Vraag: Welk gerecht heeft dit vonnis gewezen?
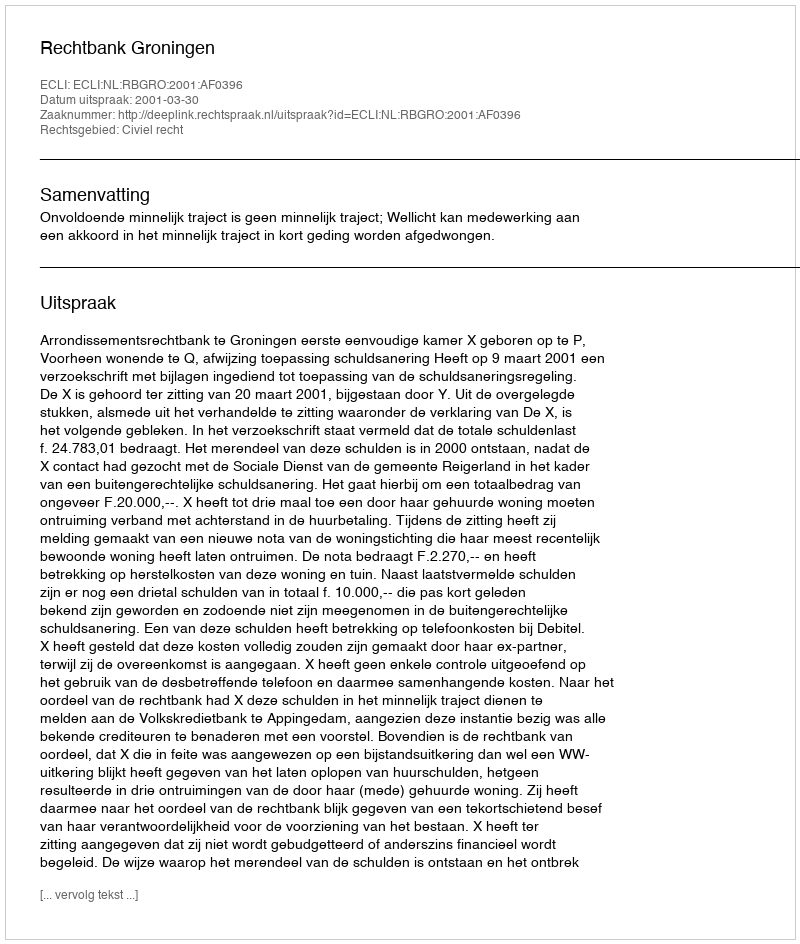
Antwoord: Rechtbank Groningen